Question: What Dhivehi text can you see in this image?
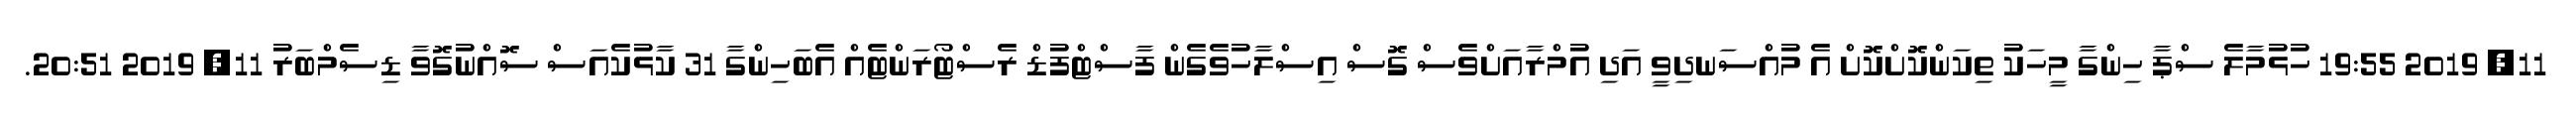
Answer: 11, 2019 19:55 ހުޅުމާލެ ސްޕާ ހިންގާ މީހަކު ތިކަންކޮށްކޮށް އެ މުއްސަނދިވީ އަދި އުމްރާއަށްވެސް ގޮސް އިސްލާހުވެގެން ފާސްޓްފުޑް ރެސްޓޯރަންޓެއް އެބަހިންގާ 31 ކާޅުކެއަސް ސޮއްނުގޮވާ ޑިސެމްބަރު 11, 2019 20:51.